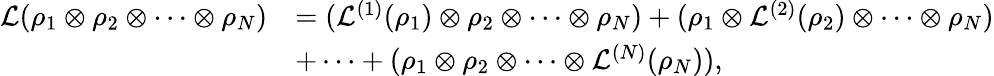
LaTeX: \begin{array}{rl}{\mathcal{L}(\rho_{1}\otimes\rho_{2}\otimes\cdots\otimes\rho_{N})}&{=(\mathcal{L}^{(1)}(\rho_{1})\otimes\rho_{2}\otimes\cdots\otimes\rho_{N})+(\rho_{1}\otimes\mathcal{L}^{(2)}(\rho_{2})\otimes\cdots\otimes\rho_{N})}\\ &{+\cdots+(\rho_{1}\otimes\rho_{2}\otimes\cdots\otimes\mathcal{L}^{(N)}(\rho_{N})),}\end{array}